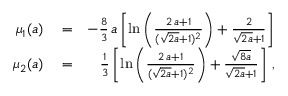
\begin{array} { r l r } { \mu _ { 1 } ( a ) } & { { } = } & { - \frac { 8 } { 3 } \, a \left[ \ln { \left( \frac { 2 \, a + 1 } { ( \sqrt { 2 a } + 1 ) ^ { 2 } } \right) } + \frac { 2 } { \sqrt { 2 a } + 1 } \right] } \\ { \mu _ { 2 } ( a ) } & { { } = } & { \frac { 1 } { 3 } \left[ \ln { \left( \frac { 2 \, a + 1 } { ( \sqrt { 2 a } + 1 ) ^ { 2 } } \right) } + \frac { \sqrt { 8 a } } { \sqrt { 2 a } + 1 } \right] \, , } \end{array}